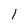
Character: 1